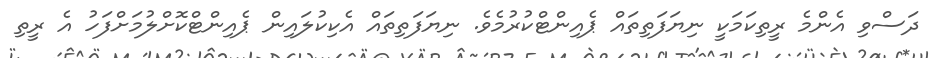
ދަސްވި އެންމެ ރީތިކަމަކީ ނިޔަފަތިތައް ޕެއިންޓްކުރުމެވެ. ނިޔަފަތިތައް އެކިކުލައިން ޕެއިންޓްކޮށްލުމަށްފަހު އެ ރީތި